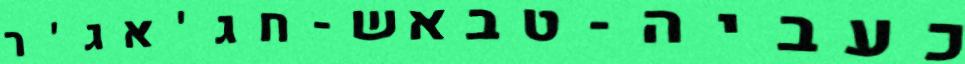
כעביה-טבאש-חג'אג'ר